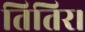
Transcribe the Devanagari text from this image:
तितिर।